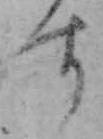
す